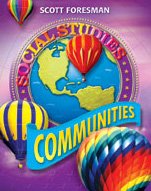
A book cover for Scott Foresman Social Studies, Grade 3: Communities; Scott Foresman; Children's Books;